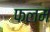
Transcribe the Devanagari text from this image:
फलम